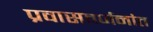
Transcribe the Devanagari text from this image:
प्रवासवर्णनांत